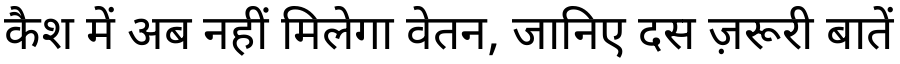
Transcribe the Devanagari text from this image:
कैश में अब नहीं मिलेगा वेतन, जानिए दस ज़रूरी बातें